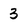
Character: 3